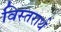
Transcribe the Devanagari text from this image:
विस्तरार्थ